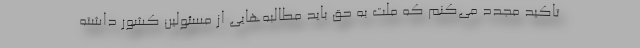
تاکید مجدد می‌کنم که ملت به حق باید مطالبه‌هایی از مسئولین کشور داشته